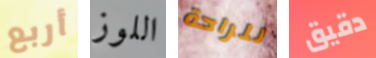
أربع اللوز للراحة دقيق